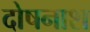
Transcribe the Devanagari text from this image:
दोषनाश